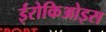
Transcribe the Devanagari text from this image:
ईरोकिओइस